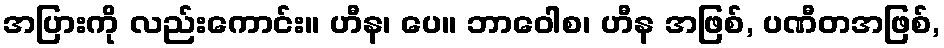
အပြားကို လည်းကောင်း။ ဟီန၊ ပေ။ ဘာဝေါစ၊ ဟီန အဖြစ်, ပဏီတအဖြစ်,